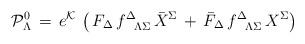
LaTeX: \begin{align*}{\cal P}_\Lambda^0\, = \, e^{\cal K} \, \left ( \, F_\Delta \,f^\Delta_{\phantom{\Delta}\Lambda\Sigma} \, {\bar X}^\Sigma\, + \, {\bar F}_\Delta \,f^\Delta_{\phantom{\Delta}\Lambda\Sigma} \, { X}^\Sigma \right )\end{align*}